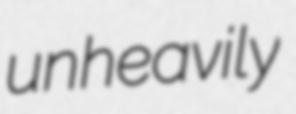
unheavily